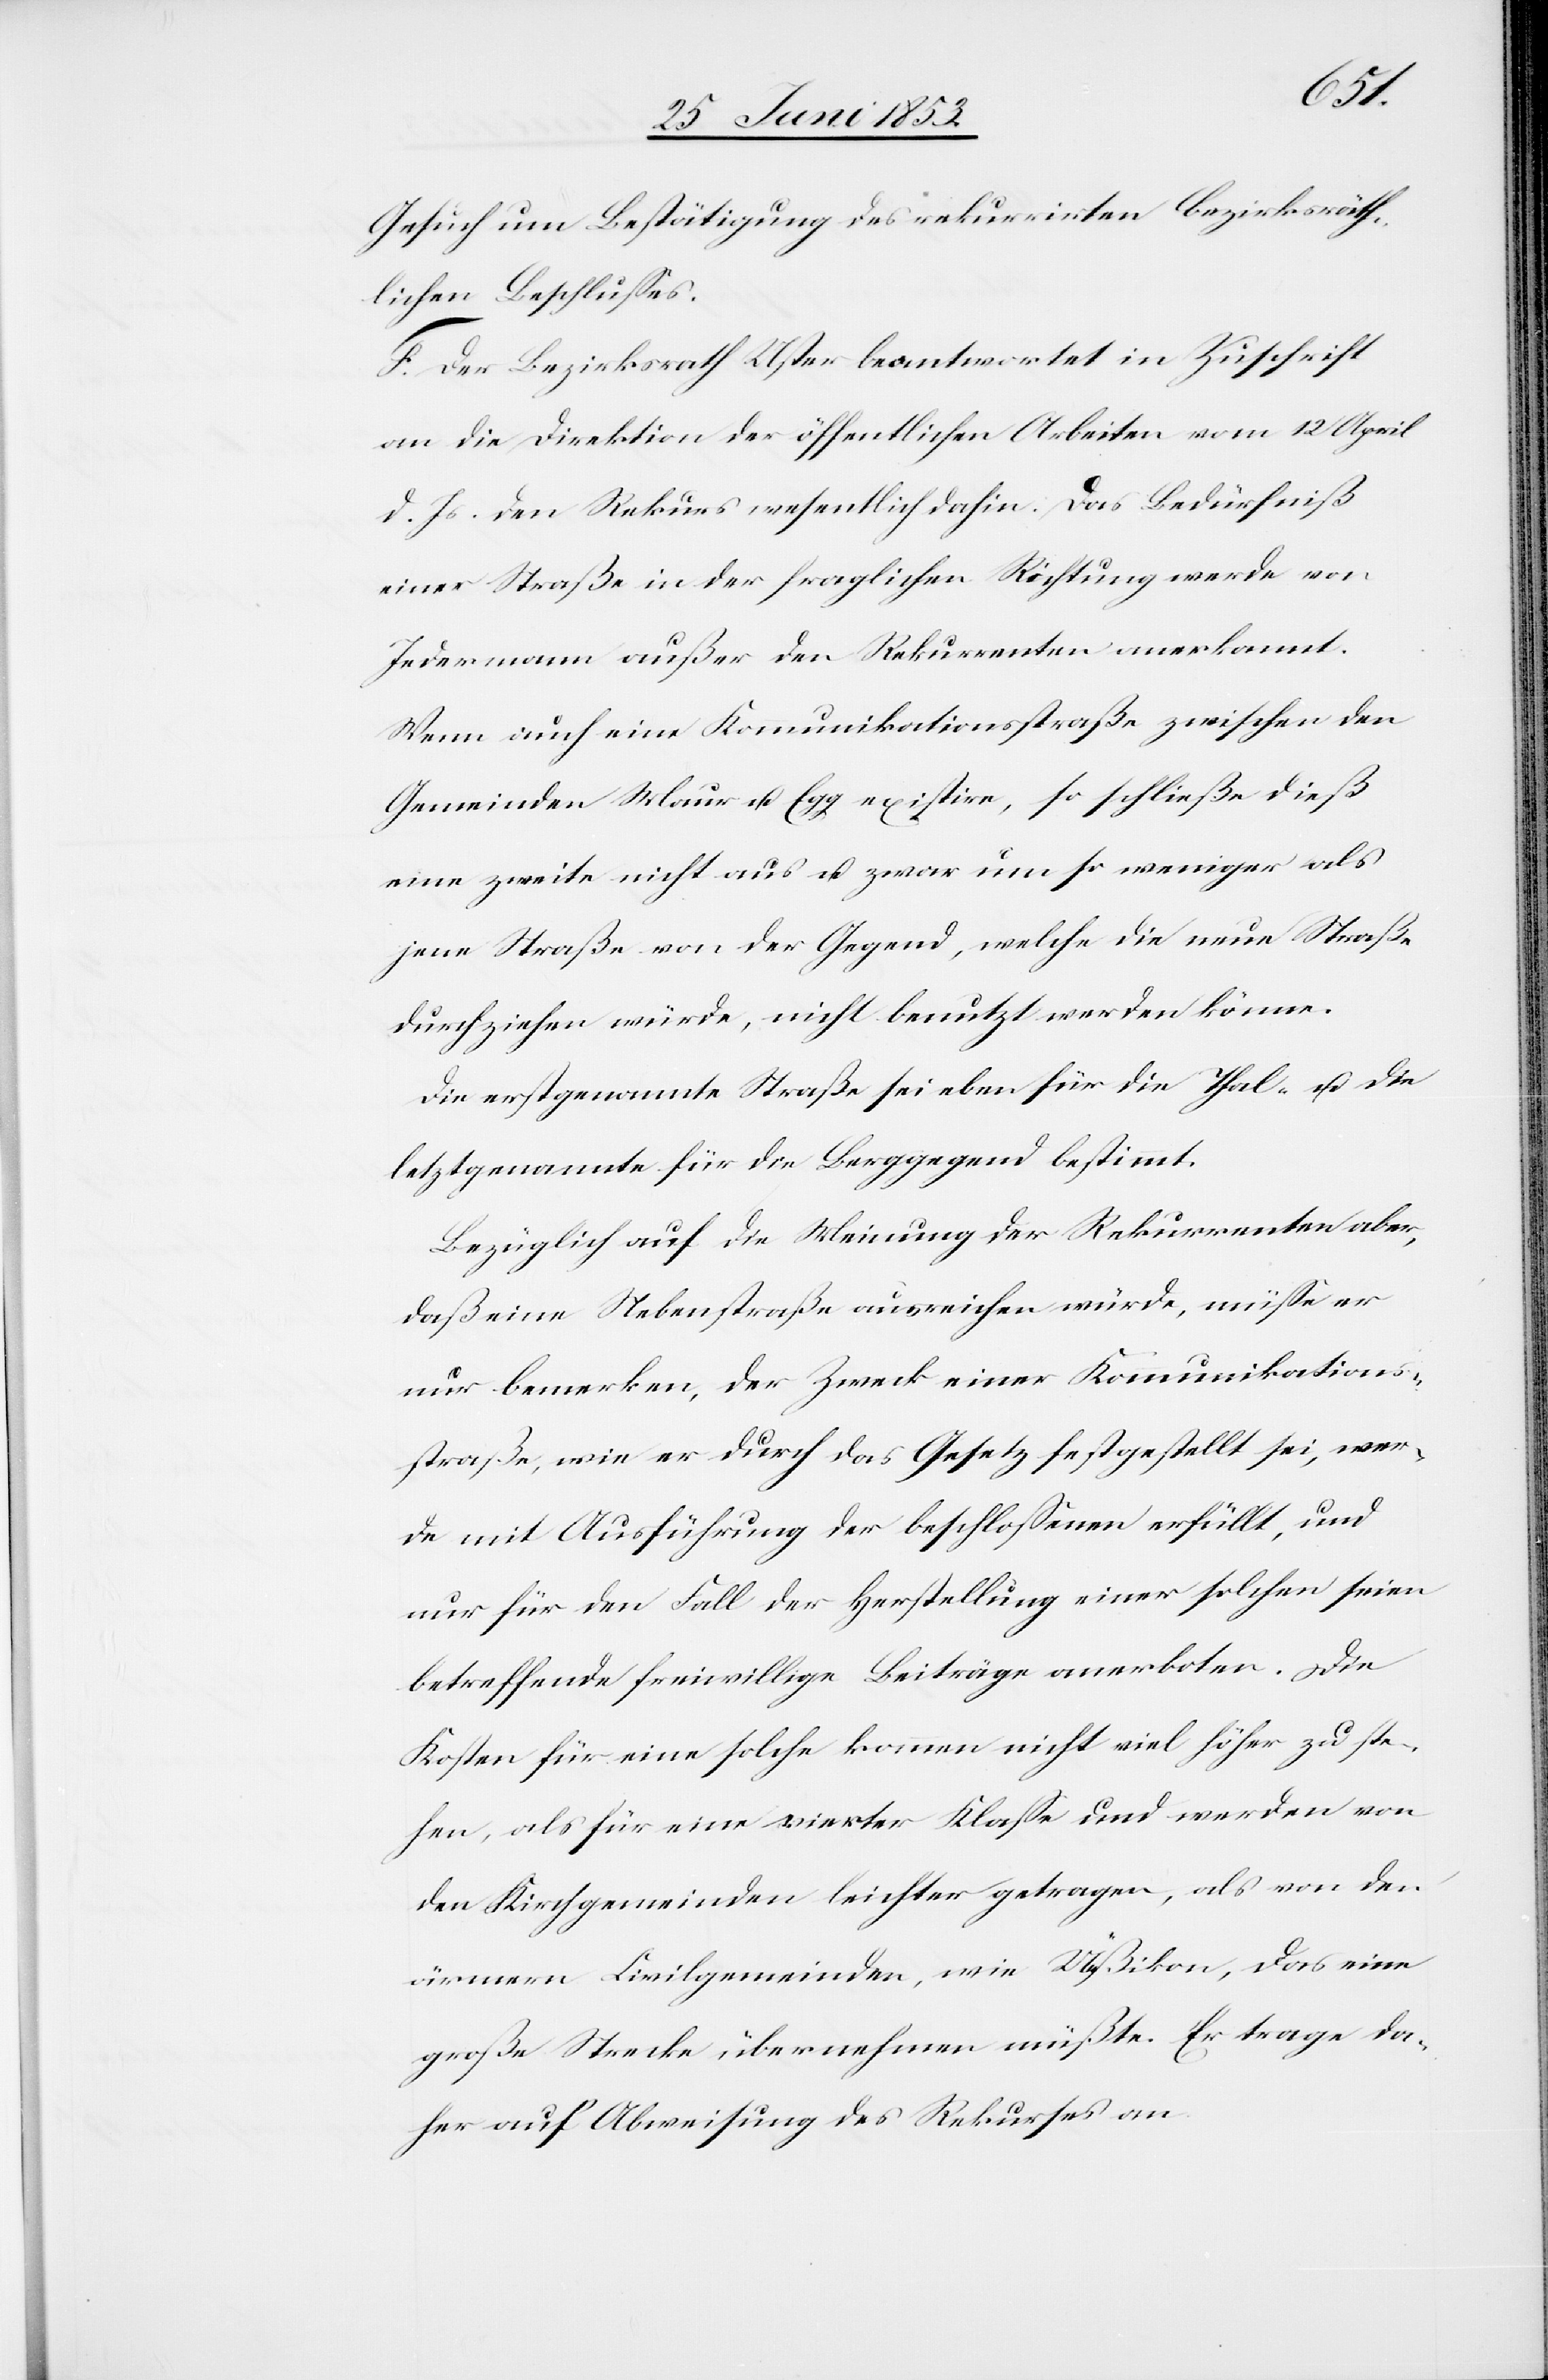
Gesuch um Bestätigung des rekurrirten bezirksräth¬
lichen Beschlußes.
F. Der Bezirksrath Uster beantwortet in Zuschrift
an die Direktion der öffentlichen Arbeiten vom 12 April
d. Js. den Rekurs wesentlich dahin. Das Bedürfniß
einer Straße in der fraglichen Richtung werde von
Jedermann außer den Rekurrenten anerkannt.
Wenn auch eine Kommunikationsstraße zwischen den
Gemeinden Maur u. Egg existire, so schließe dieß
eine zweite nicht aus u. zwar um so weniger als
jene Straße von der Gegend, welche die neue Straße
durchziehen würde, nicht benutzt werden könne.
Die erstgenannte Straße sei eben für die Thal- u. die
letztgenannte für die Berggegend bestimmt.
Bezüglich auf die Meinung der Rekurrenten aber,
daß eine Nebenstraße ausreichen würde, müße er
nur bemerken, der Zweck einer Kommunikations¬
straße, wie er durch das Gesetz festgestellt sei, wer¬
de mit Ausführung der beschloßenen erfüllt, und
nur für den Fall der Herstellung einer solchen seien
betreffende freiwillige Beiträge anerboten. Die
Kosten für eine solche kommen nicht viel höher zu ste¬
hen, als für eine vierter Klaße und werden von
den Kirchgemeinden leichter getragen, als von den
ärmern Civilgemeinden, wie Ueßikon, das eine
große Strecke übernehmen müßte. Er trage da¬
her auf Abweisung des Rekurses an.